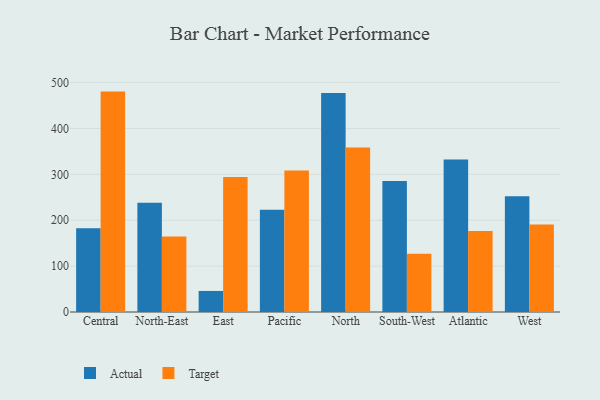
{"axis": {"x": "Region", "y": "Humidity (%)"}, "legend": ["Actual", "Target"], "data": [{"x": "Central", "y": 182.7, "type": "Actual"}, {"x": "Central", "y": 480.3, "type": "Target"}, {"x": "North-East", "y": 237.9, "type": "Actual"}, {"x": "North-East", "y": 164.5, "type": "Target"}, {"x": "East", "y": 45.9, "type": "Actual"}, {"x": "East", "y": 294.4, "type": "Target"}, {"x": "Pacific", "y": 222.6, "type": "Actual"}, {"x": "Pacific", "y": 308.4, "type": "Target"}, {"x": "North", "y": 477.4, "type": "Actual"}, {"x": "North", "y": 358.7, "type": "Target"}, {"x": "South-West", "y": 285.3, "type": "Actual"}, {"x": "South-West", "y": 127.1, "type": "Target"}, {"x": "Atlantic", "y": 332.1, "type": "Actual"}, {"x": "Atlantic", "y": 176.5, "type": "Target"}, {"x": "West", "y": 252.0, "type": "Actual"}, {"x": "West", "y": 190.6, "type": "Target"}]}